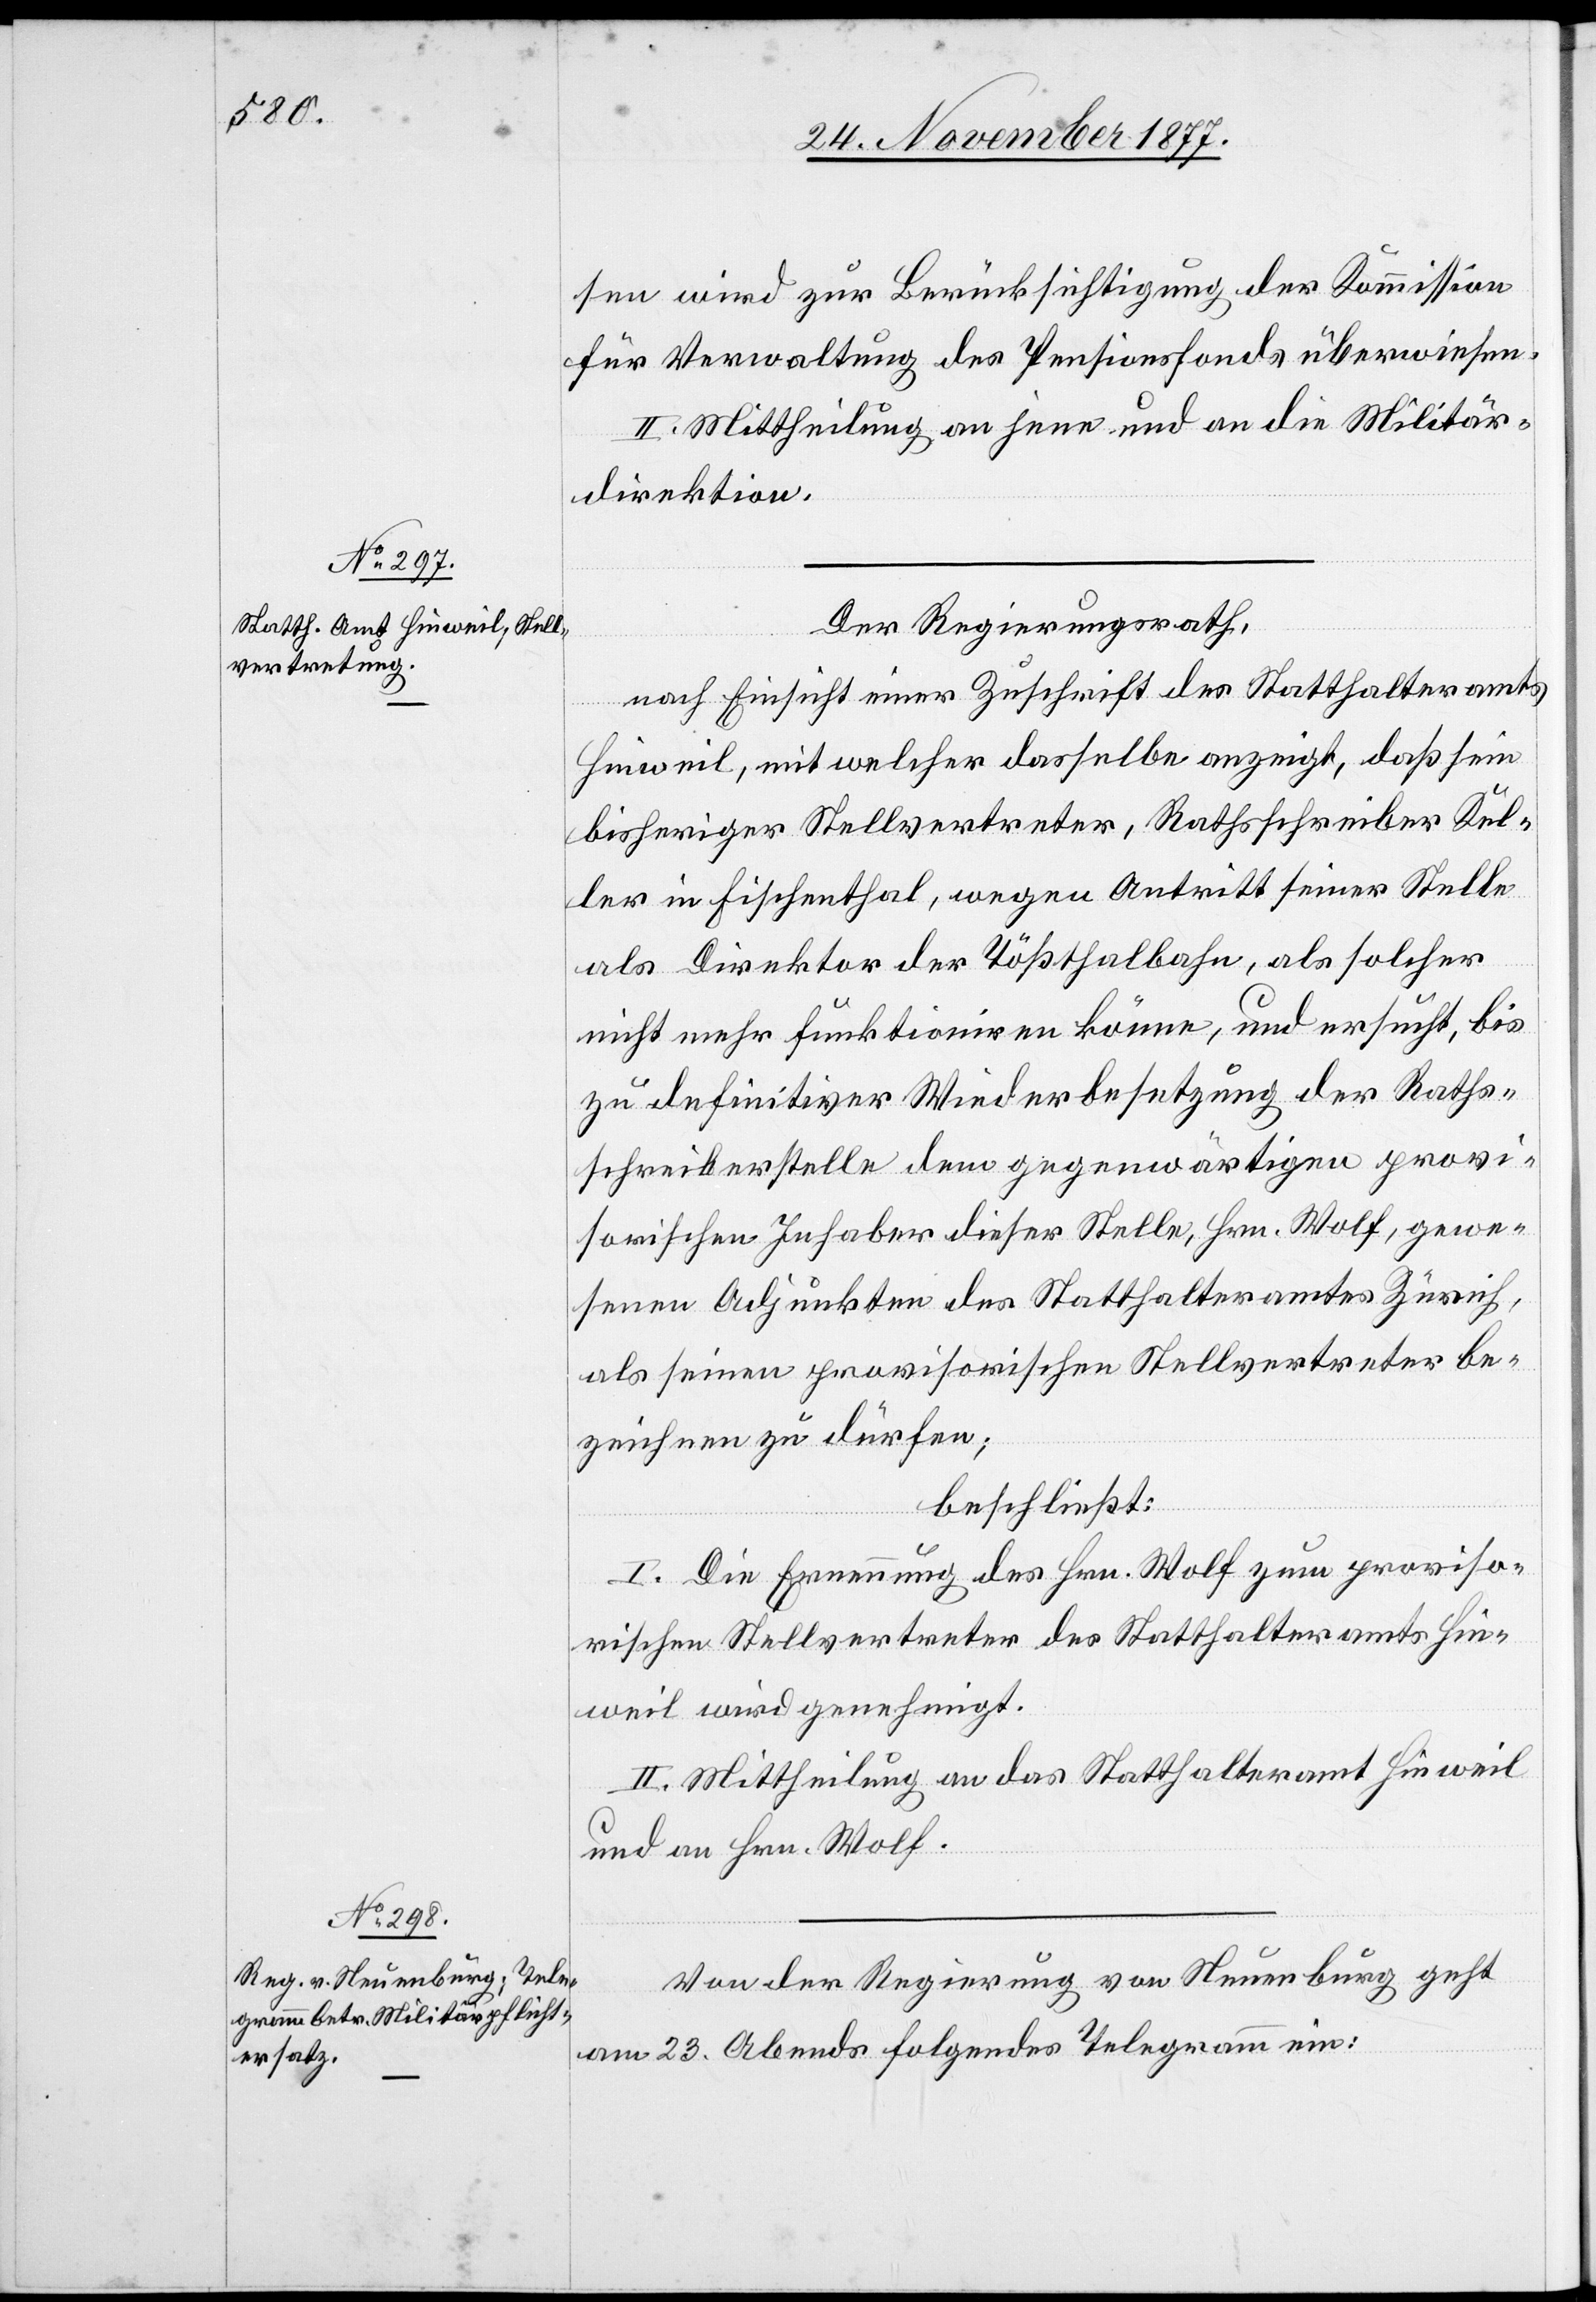
sen wird zur Berücksichtigung der Kommission
für Verwaltung des Pensionsfonds überwiesen.
II. Mittheilung an jene und an die Militär¬
direktion.
Der Regierungsrath,
nach Einsicht einer Zuschrift des Statthalteramts
Hinweil, mit welcher dasselbe anzeigt, daß sein
bisheriger Stellvertreter, Rathsschreiber Kel¬
ler in Fischenthal, wegen Antritt seiner Stelle
als Direktor der Tößthalbahn, als solcher
nicht mehr funktioniren könne, und ersucht, bis
zu definitiver Wiederbesetzung der Raths¬
schreiberstelle dem gegenwärtigen provi¬
sorischen Inhaber dieser Stelle, Hrn. Wolf, gewe¬
senen Adjunkten des Statthalteramtes Zürich,
als seinen provisorischen Stellvertreter be¬
zeichnen zu dürfen;
beschließt:
I. Die Ernennung des Hrn. Wolf zum proviso¬
rischen Stellvertreter des Statthalteramts Hin¬
weil wird genehmigt.
II. Mittheilung an das Statthalteramt Hinweil
und an Hrn. Wolf.
Von der Regierung von Neuenburg geht
am 23. Abends folgendes Telegramm ein: